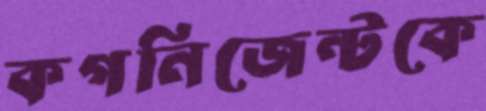
কগনিজেন্টকে